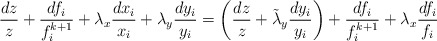
\begin{align*}\frac{dz}{z}+\frac{df_i}{f_i^{k+1}}+\lambda_x\frac{dx_i}{x_i}+\lambda_y\frac{dy_i}{y_i}=\left(\frac{dz}{z}+\tilde\lambda_y\frac{dy_i}{y_i}\right)+\frac{df_i}{f_i^{k+1}}+\lambda_x\frac{df_i}{f_i}\end{align*}